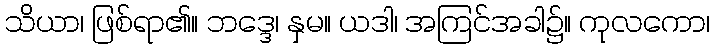
သိယာ၊ ဖြစ်ရာ၏။ ဘဒ္ဒေ၊ နှမ။ ယဒါ၊ အကြင်အခါ၌။ ကုလကော၊